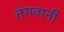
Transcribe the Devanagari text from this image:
तंगवानी